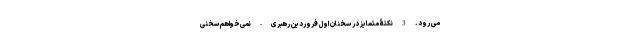
می رود. 3 نکتۀ متمایز در سخنان اول فروردین رهبری - نمی‌خواهم سخنی